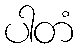
ပါတံ